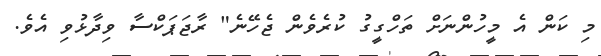
މި ކަން އެ މީހުންނަށް ތަހްގީގު ކުރެވެން ޖެހޭނެ" ރާޖަޕަކްސާ ވިދާޅުވި އެވެ.